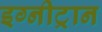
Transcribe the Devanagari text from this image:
इग्नीट्रान